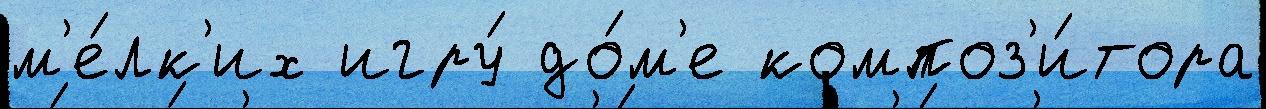
м'е́лк'их игру́ до́м'е композ'и́тора